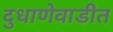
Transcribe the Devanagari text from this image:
दुधाणेवाडीत